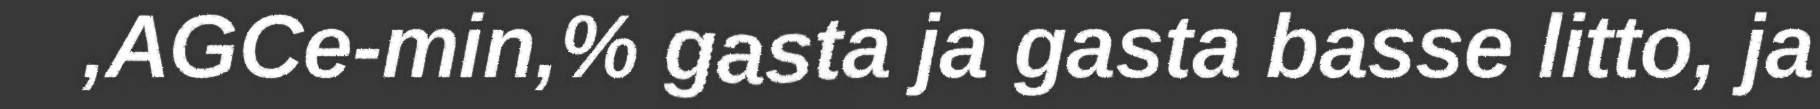
,AGCe-min,% gasta ja gasta basse litto, ja